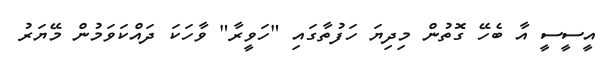
އީސީސީ އާ ބެހޭ ގޮތުން މިދިޔަ ހަފުތާގައި "ހަވީރާ" ވާހަކަ ދައްކަވަމުން މޭޔަރު